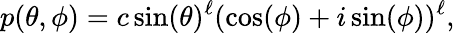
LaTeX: p(\theta,\phi)=c\, \mathrm{sin}(\theta)^{\ell}(\mathrm{cos}(\phi)+i\, \mathrm{sin}(\phi))^{\ell},